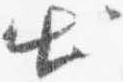
出